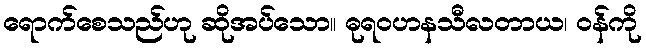
ရောက်စေသည်ဟု ဆိုအပ်သော။ ဓုရဝဟနသီလတာယ၊ ဝန်ကို